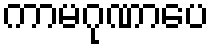
ကာမဂုဏာပေ